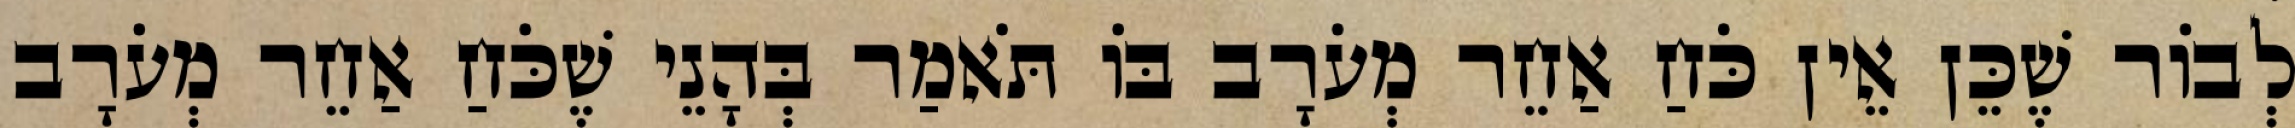
לְבוֹר שֶׁכֵּן אֵין כֹּחַ אַחֵר מְעֹרָב בּוֹ תֹּאמַר בְּהָנֵי שֶׁכֹּחַ אַחֵר מְעֹרָב